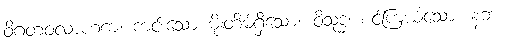
ဝိဂတဝလာဟကံ၊ ကင်းသော မိုးတိမ်ရှိသော။ ဝိသုဒ္ဓံ၊ စင်ကြယ်သော။ နဘံ၊